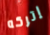
إتركه